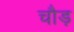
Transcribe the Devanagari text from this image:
चौड़